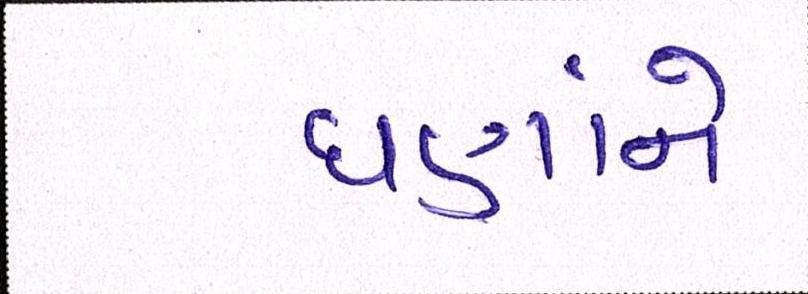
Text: ઘણાંને